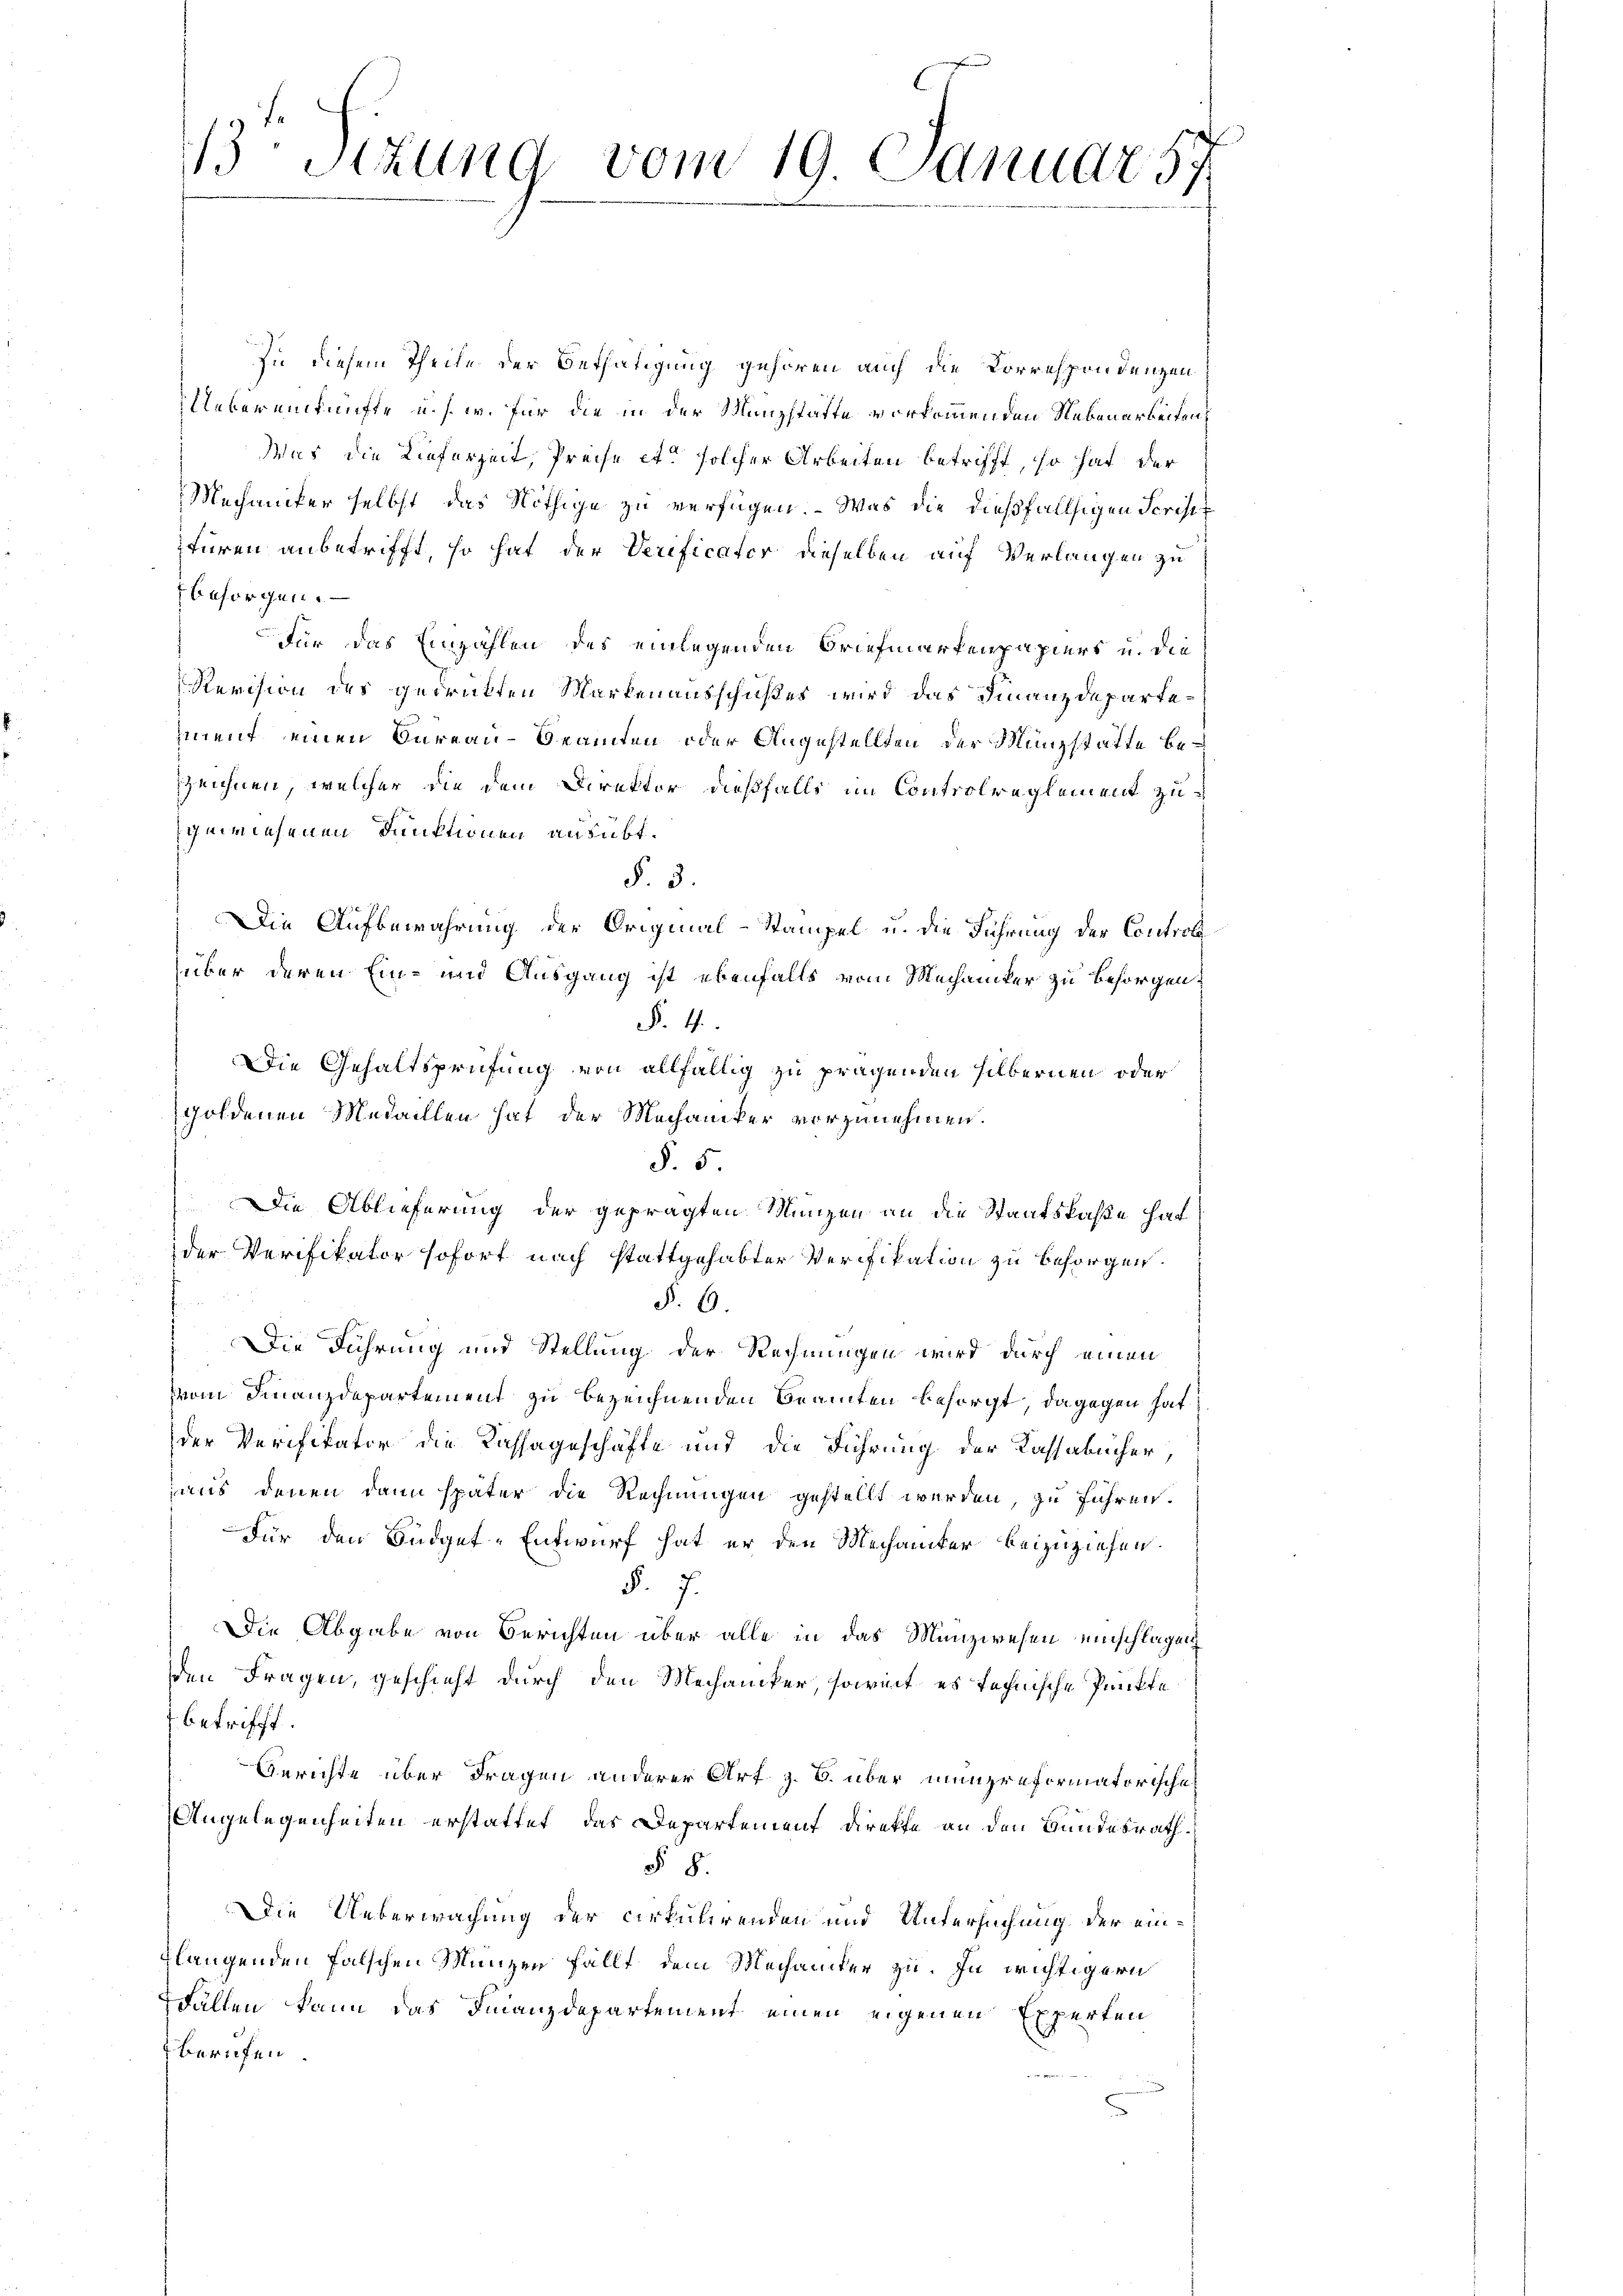
zu diesem Theile der Bethätigung gehören auch die Korrespondenzen
Uebereinkünfte u. s. w. für die in der Manzstatte vorkommenden Nebenarbeiten
Was die Lieferzeit, Preise et solcher Arbeiten betrifft, so hat der
Mechanifer selbst das Nöthige zu verfügen. – Was die dießfallsigen Scriser
türen anbetrifft, so hat der Verificator dieselben auf Verlangen zu
besorgen.
Für das Einzahlen des einlegenden Briefmarkenpapiers u. die
Revision des gedrückten Markenausschußes wird das Finanzdepartement einen Bureau-Beamten oder Angestellten der Münzstatte bezzeichnen, welcher die dem Direktor dießfalls im Controlreglement zu
gewiesenen Funktionen ausübt.
§. 3.
Die Aufbewahrung der Original-Stampel u. die Führung der Controle
über deren Ein- und Ausgang ist ebenfalls vom Mechaniker zu besorgen.
§. 4.
Die Gehaltsprüfung von allfällig zu pragenden silbernen oder
goldenen Medaillen hat der Mechaniker vorzunehmen.
§. 5
Die Ablieferung der geprägten Münzen an die Staatskaße hat
der Verifikator sofort nach stattgehabter Verifikation zu besorgen.
vom 2
§. 6.
Die Führung und Stellung der Rechnungen wird durch einen
vom Finanzdepartement zu bezeichnenden Beamten besorgt, dagegen hat
der Verifikator die Kassageschäfte und die Führung der Kassabücher,
aus denen dann später die Rechnungen gestellt werden, zu führen.
Für den Büdget-Entwurf hat er den Mechaniker beizuziehen.
§. 7.
Die Abgabe von Berichten über alle in das Münzwesen einschlagen
den Fragen, geschieht durch den Mechaniker, soweit es technische Punkte
 betrifft.
Gerichte über Fragen anderer Art. z. B. über munzreformatorische
Angelegenheiten erstattet, das Departement direkte an den Bundesrath
§ 8.
Die Ueberwachung der cirkulirenden und Untersuchung der eintlangenden falschen Münzen fällt, dem Mechaniker zu. In wichtigern
FFällen kann das Finanzdepartement einen eigenen Experten
berufen

3Stzung vom 19. Januar 57